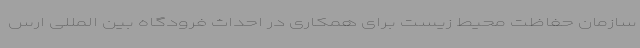
سازمان حفاظت محیط زیست برای همکاری در احداث فرودگاه بین المللی ارس